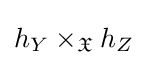
h_{Y}\times _{\mathfrak {X}}h_{Z}